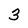
Character: 3